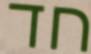
חד